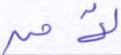
لآمن